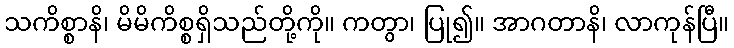
သကိစ္စာနိ၊ မိမိကိစ္စရှိသည်တို့ကို။ ကတွာ၊ ပြု၍။ အာဂတာနိ၊ လာကုန်ပြီ။